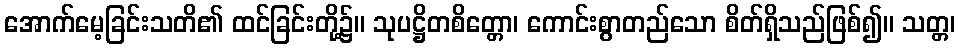
အောက်မေ့ခြင်းသတိ၏ ထင်ခြင်းတို့၌။ သုပဋ္ဌိတစိတ္တော၊ ကောင်းစွာတည်သော စိတ်ရှိသည်ဖြစ်၍။ သတ္တ၊